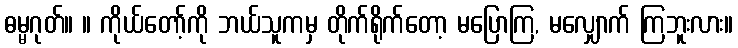
ဓမ္မဂုတ်။ ။ ကိုယ်တော့်ကို ဘယ်သူကမှ တိုက်ရိုက်တော့ မပြောကြ, မလျှောက် ကြဘူးလား။